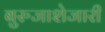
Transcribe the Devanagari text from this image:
बुरुजाशेजारी